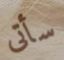
سأتى